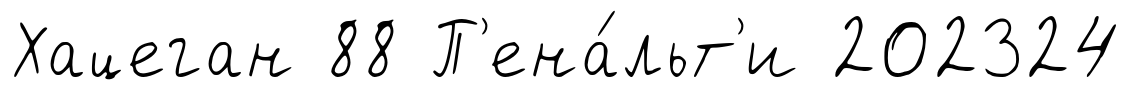
Хацеган 88 П'ена́льт'и 202324